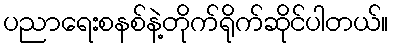
ပညာရေးစနစ်နဲ့တိုက်ရိုက်ဆိုင်ပါတယ်။